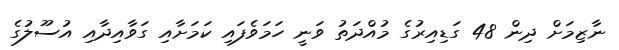
ނާޒިމަށް ދިން 48 ގަޑިއިރުގެ މުއްދަތު ވަނީ ހަމަވެފައި ކަމަށާއި ގަވާއިދާއި އުސޫލުގެ